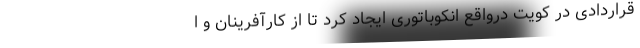
قراردادی در کویت درواقع انکوباتوری ایجاد کرد تا از کارآفرینان و ا